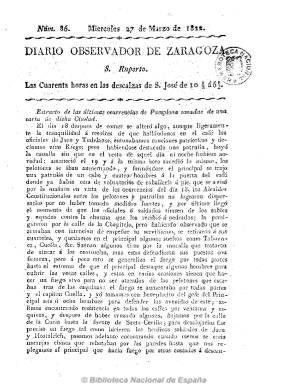
Título: Diario observador de Zaragoza
Colección: Periódicos anteriores a 1850
Ámbito geográfico: Zaragoza
Lugar de publicación: Zaragoza
Fechas: 27/03/1822-27/03/1822

Es continuación de Diario constitucional observador que empieza a salir de la Imprenta de Andrés Sebastián el 12 de agosto de 1820. Cambia a este título el uno de enero de 1821, iniciando la numeración, también con frecuencia diaria y en números de cuatro páginas y a una columna. Es un periódico noticioso pero que también da cabida a artículos políticos. Comienza con el santoral y ofrece noticias de España, del extranjero, extractos de otros periódicos, y las denominadas “particulares”, es decir, locales (ventas, arriendos, nodrizas, etc.), así como sobre los acontecimientos del periodo, y los llamados artículos de oficio (órdenes, decretos, etc.). A partir del uno de agosto de 1822 cambia de nuevo su título a Diario observador zaragozano, iniciando también la numeración. Según Gil Novales, es liberal moderado.